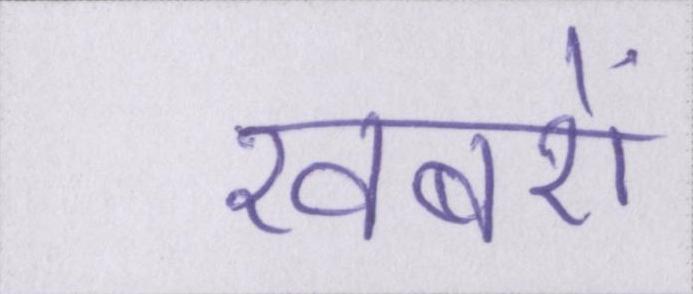
खबरों